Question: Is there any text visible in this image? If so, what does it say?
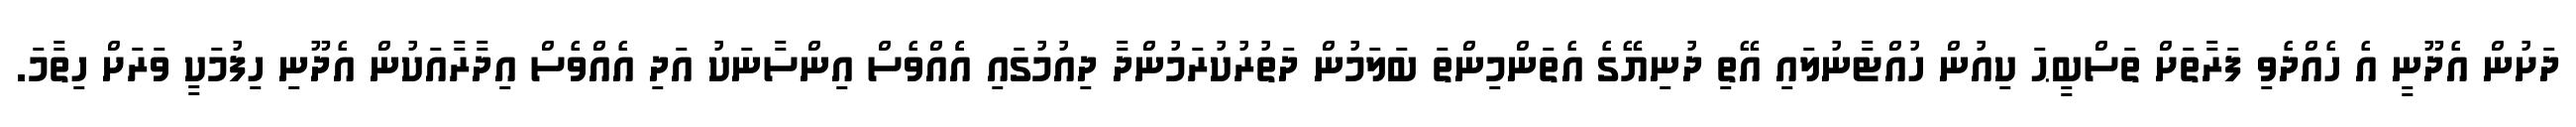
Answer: ދަށުން އެދޫނީ އެ ހެއްދެވި ފަރާތަށް ތަސްބީޙަ ކިއުން ހުއްޓާނުލައި އޭތި ދުނިޔޭގެ އެތަންމިންތަ ބަލަމުން ދަތުރުކުރަމުންދާ ދިއުމުގައި އެެއްވެސް އިންސާނަކު އަދި އެއްވެސް އިދާރާއަކުން އެދޫނި ހިފުމަކީ ވަރަށް ހިތާމަ.